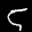
Label: 5